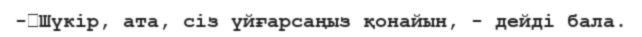
-	Шүкір, ата, сіз үйғарсаңыз қонайын, - дейді бала.